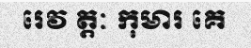
រេវ ត្តៈ កុមារ គេ